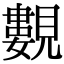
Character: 𧢃